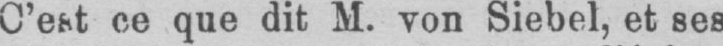
C’est ce que dit M. von Siebel, et ses